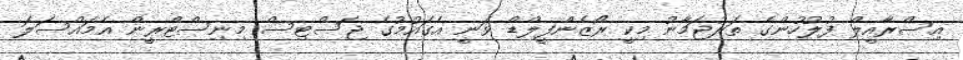
އިސްރާއީލް ފުލުހުންގެ ތަރުޖަމާނު މިކީ ރޯޒެންފީލްޑް ވަނީ އެގައުމުގެ ޖަސްޓިސް މިނިސްޓްރީން އެމައްސަލަ